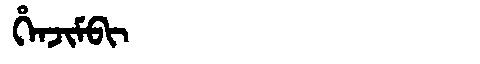
Manchu: ᡥᡝᠨᠵᡳᠮᠪᡳ
Romanization: HENJIMBI